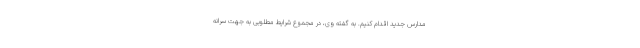
مدارس جدید اقدام کنیم. به گفته وی، در مجموع شرایط مطلوبی به جهت سرانه